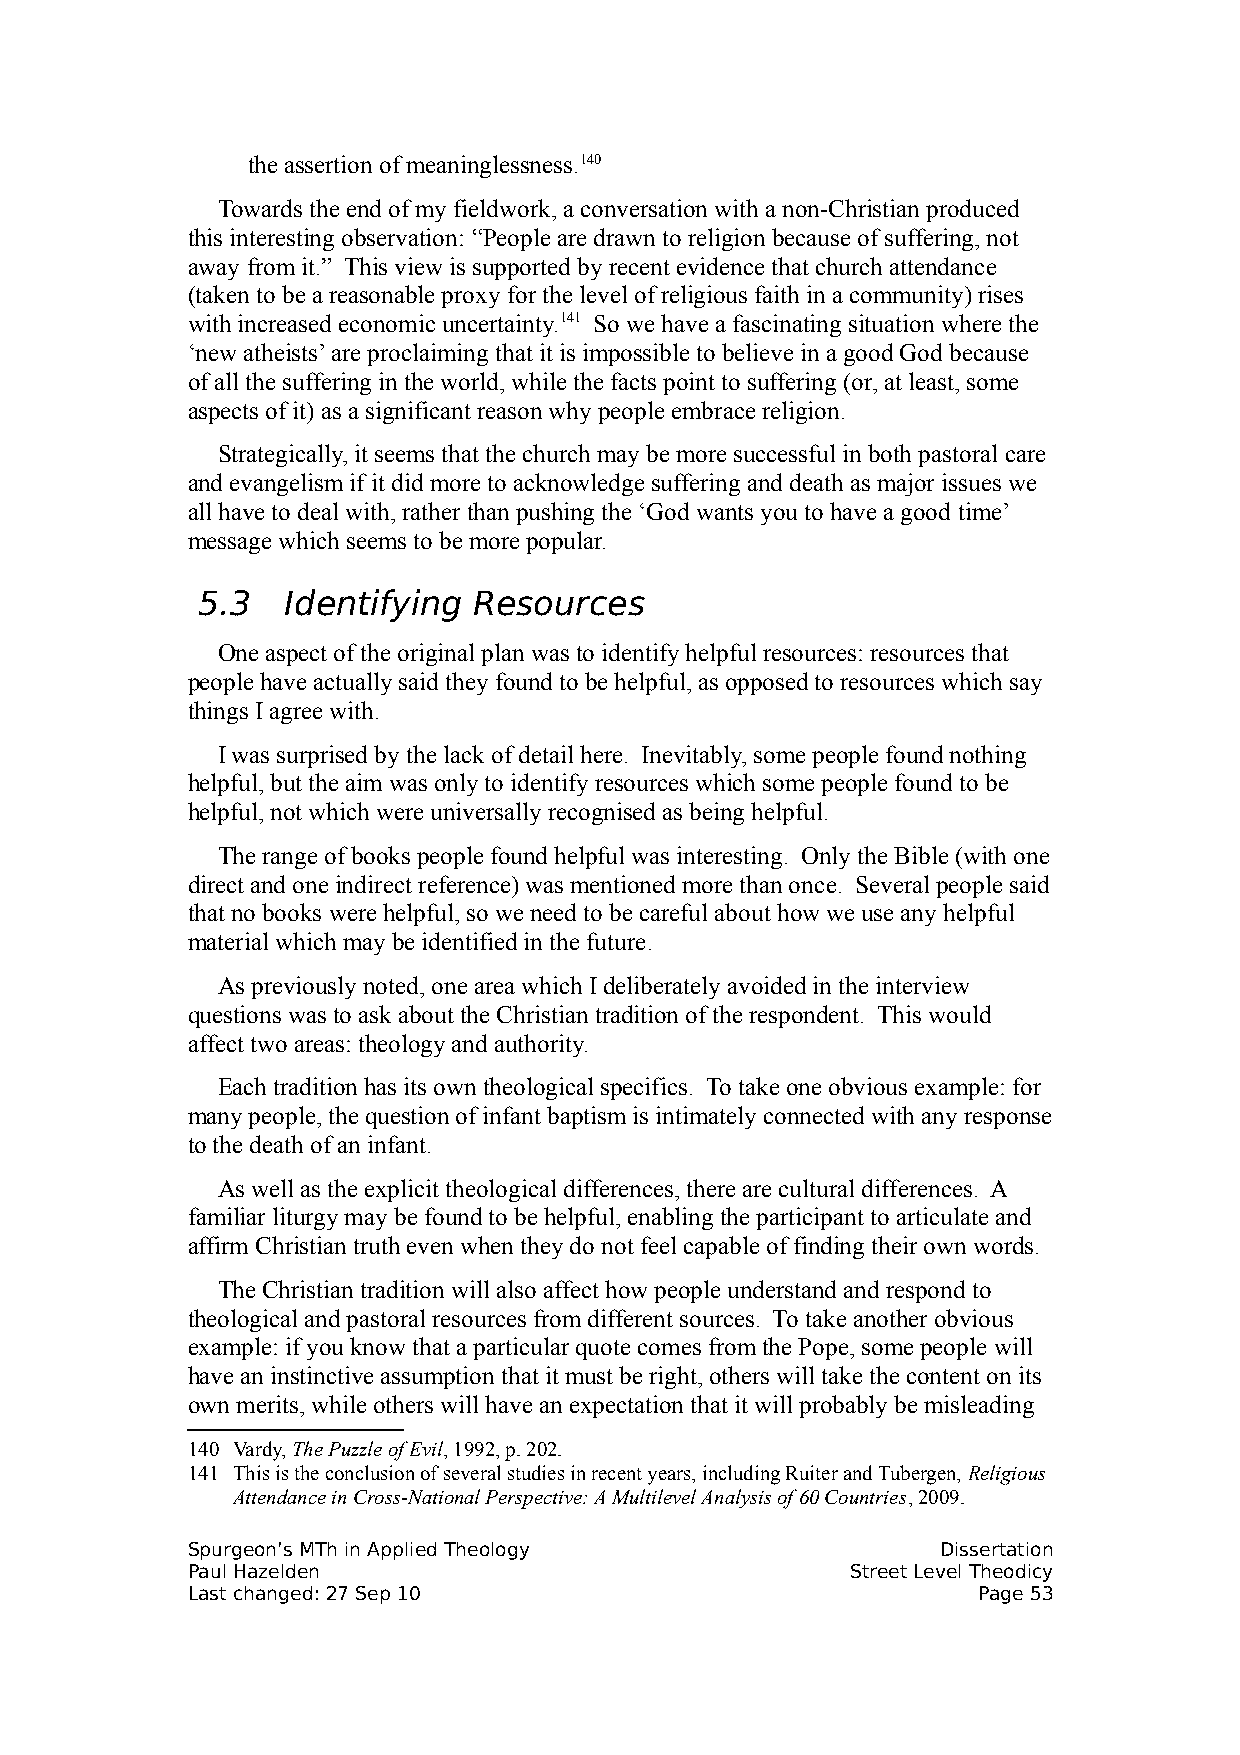
the assertion of meaninglessness.140
 Towards the end of my fieldwork, a conversation with a non-Christian produced
 this interesting observation: “People are drawn to religion because of suffering, not
 away from it.” This view is supported by recent evidence that church attendance
 (taken to be a reasonable proxy for the level of religious faith in a community) rises
 with increased economic uncertainty.141 So we have a fascinating situation where the
 ‘new atheists’ are proclaiming that it is impossible to believe in a good God because
 of all the suffering in the world, while the facts point to suffering (or, at least, some
 aspects of it) as a significant reason why people embrace religion.
 Strategically, it seems that the church may be more successful in both pastoral care
 and evangelism if it did more to acknowledge suffering and death as major issues we
 all have to deal with, rather than pushing the ‘God wants you to have a good time’
 message which seems to be more popular.
 5.3   Identifying Resources
 One aspect of the original plan was to identify helpful resources: resources that
 people have actually said they found to be helpful, as opposed to resources which say
 things I agree with.
 I was surprised by the lack of detail here. Inevitably, some people found nothing
 helpful, but the aim was only to identify resources which some people found to be
 helpful, not which were universally recognised as being helpful.
 The range of books people found helpful was interesting. Only the Bible (with one
 direct and one indirect reference) was mentioned more than once. Several people said
 that no books were helpful, so we need to be careful about how we use any helpful
 material which may be identified in the future.
 As previously noted, one area which I deliberately avoided in the interview
 questions was to ask about the Christian tradition of the respondent. This would
 affect two areas: theology and authority.
 Each tradition has its own theological specifics. To take one obvious example: for
 many people, the question of infant baptism is intimately connected with any response
 to the death of an infant.
 As well as the explicit theological differences, there are cultural differences. A
 familiar liturgy may be found to be helpful, enabling the participant to articulate and
 affirm Christian truth even when they do not feel capable of finding their own words.
 The Christian tradition will also affect how people understand and respond to
 theological and pastoral resources from different sources. To take another obvious
 example: if you know that a particular quote comes from the Pope, some people will
 have an instinctive assumption that it must be right, others will take the content on its
 own merits, while others will have an expectation that it will probably be misleading
 140 Vardy, The Puzzle of Evil, 1992, p. 202.
 141 This is the conclusion of several studies in recent years, including Ruiter and Tubergen, Religious
 Attendance in Cross-National Perspective: A Multilevel Analysis of 60 Countries, 2009.
 Spurgeon’s MTh in Applied Theology                Dissertation
 Paul Hazelden                               Street Level Theodicy
 Last changed: 27 Sep 10                              Page 53